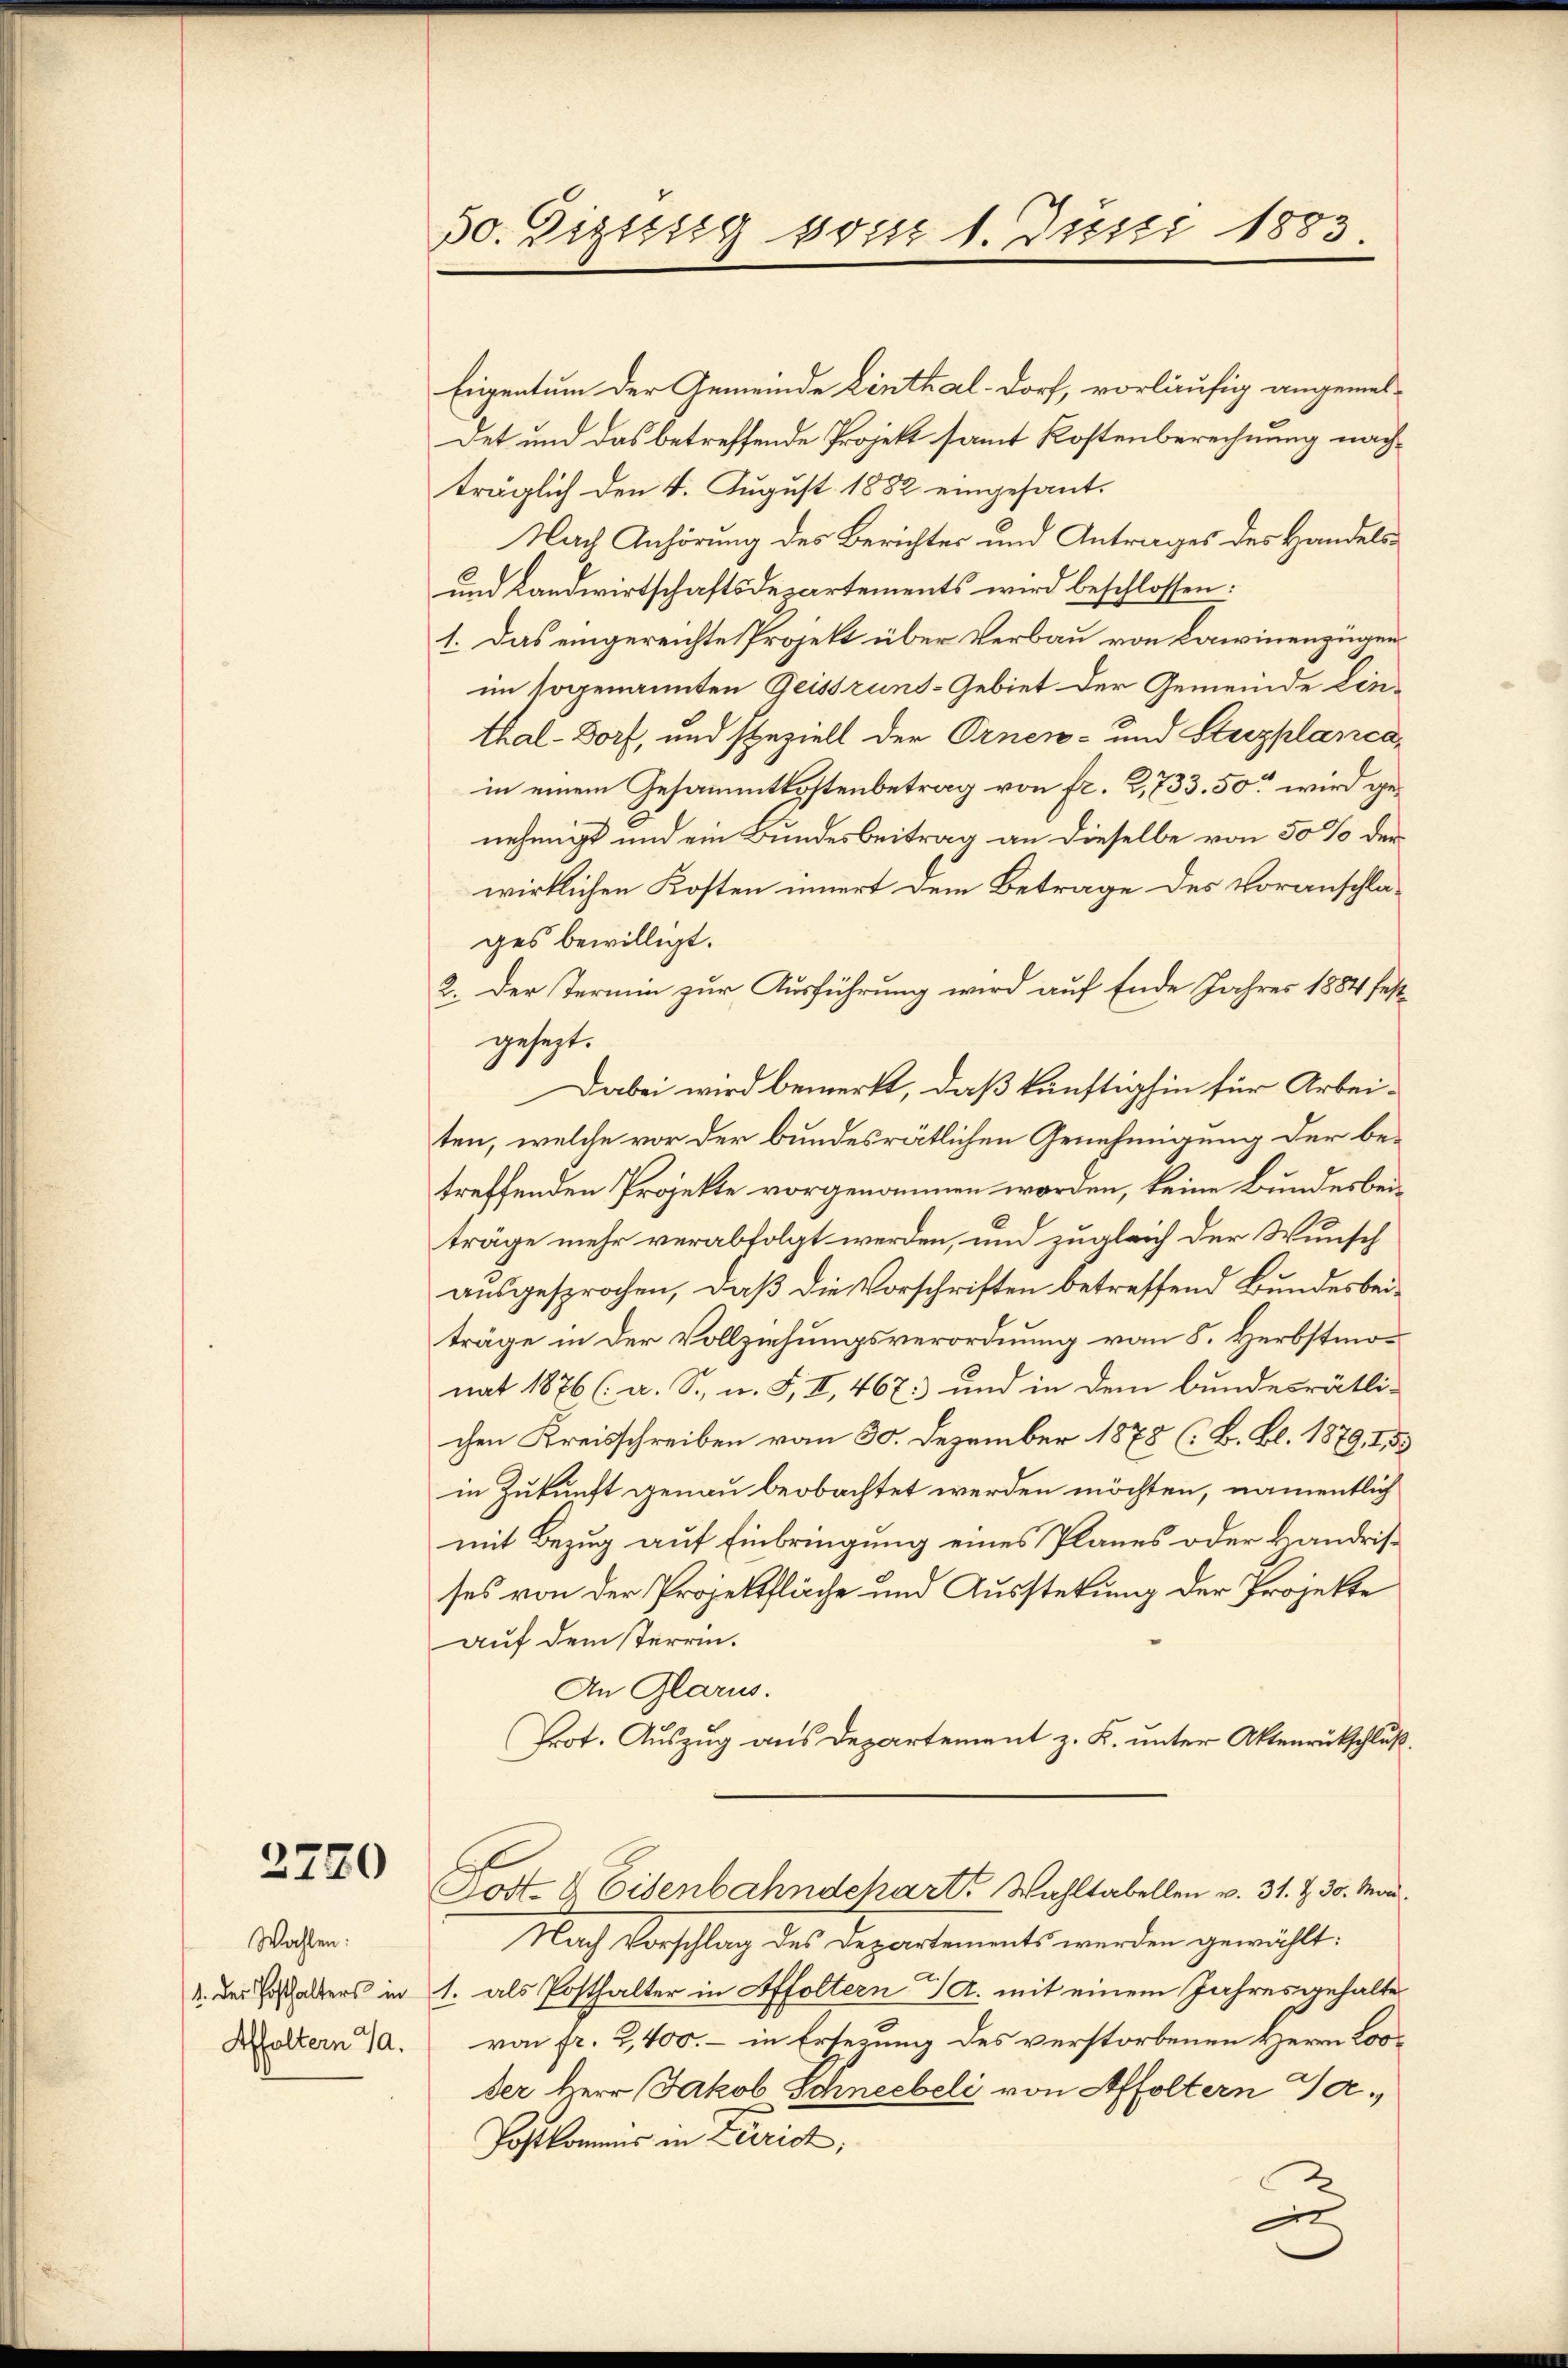
2720

Wahlen:
(1. des Posthalters in
Affoltern J.

50. Gisissig sont 1. Justi 1883

Eigentum der Gemeinde Linthal-Dorf, vorläufig angemesdet und das betreffende Projekt samt Kostenberechnung nachträglich den 4. August 1882 eingesant.
Nach Anhörung des Berichtes und Antrages des Handels¬
und Landwirtschaftsdepartements wird beschlossen:
1. Das eingereichte Projekt über Verbau von Lawinenzügenim sogenannten Geissruns-Gebiet der Gemeinde Linthal-Dorf, und speziell der Ornen- und Stuzplancain einem Gesammtkostenbetrag von fr. 2,733. 50 wird genehmigt und ein Bundesbeitrag an dieselbe von 50 % der
wirklichen Kosten innert dem Betrage des Voranschlages bewilligt.
2. Der Termin zur Ausführung wird auf Ende Jahres 1884 festgesezt.
Dabei wird bemerkt, daß künftighin für Arbeiten, welche vor der bundesrätlichen Genehmigung der betreffenden Projekte vorgenommen worden, keine Bundesbeiträge mehr verabfolgt werden, und zugleich der Wunsch
ausgesprochen, daß die Vorschriften betreffend Bundesbeiträge in der Vollziehungsverordnung von 8. Herbstmonat 1876 (a. S., n. F. II, 467. und in dem bundesrätli-
chen Kreisschreiben vom 30. Dezember 1878 (: B. Bl. 1879, I, 53
in Zukunft genau beobachtet werden möchten, namentlich
mit Bezug auf Einbringung eines Planes oder kandrisses von der Projektfläche und Ausstehung der Projekte
auf dem sterrin.
An Glarus.
Prot. Auszug aus Departement z. K. unter Aktenrückschluß.
Post- & Eisenbahndchart Wahltabellen v. 31. Z. 30. Mai.
Nach Vorschlag des Departements werden gewählt:
1. als Posthalter in Affoltern a. mit einem Jahresgehalte
von fr. 2,400.- in Erlegung des verstorbenen Herrn Looder Herr Jakob Schneebeli von Affoltern Ge¬
Postkommens in Zürich,
n